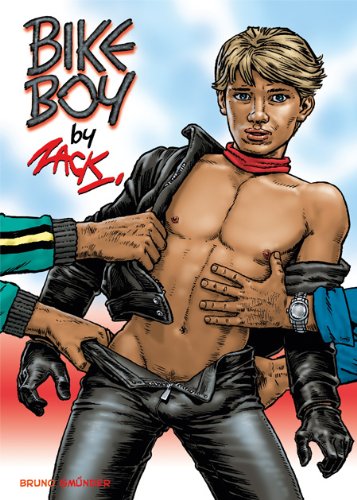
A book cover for Bike Boy; Zack; Comics & Graphic Novels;